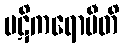
ပဋိကရောမီတိ